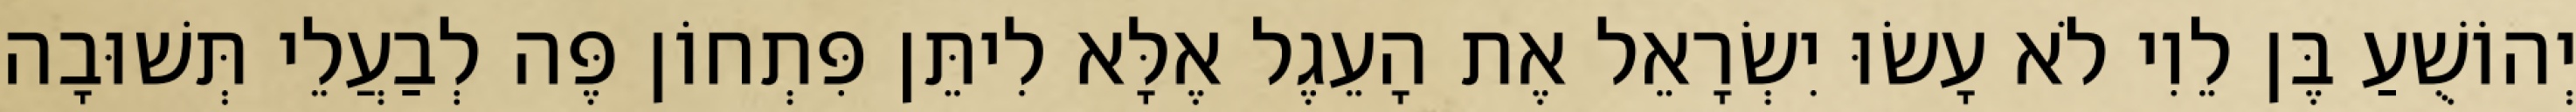
יְהוֹשֻׁעַ בֶּן לֵוִי לֹא עָשׂוּ יִשְׂרָאֵל אֶת הָעֵגֶל אֶלָּא לִיתֵּן פִּתְחוֹן פֶּה לְבַעֲלֵי תְּשׁוּבָה